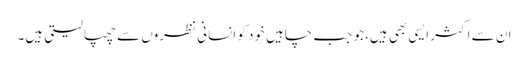
ان سے اکثر ایسی بھی ہیں، جو جب چاہیں خود کو انسانی نظروں سے چھپا لیتی ہیں۔